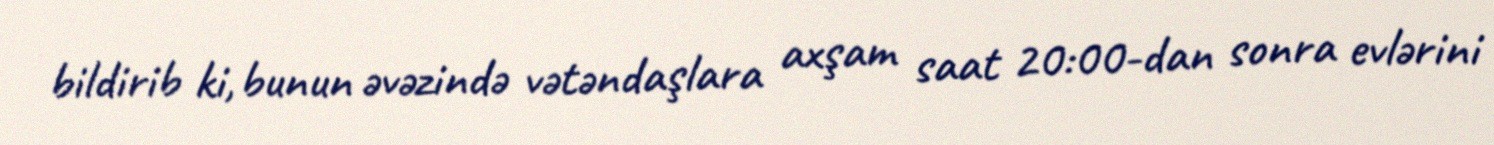
bildirib ki, bunun əvəzində vətəndaşlara axşam saat 20:00-dan sonra evlərini